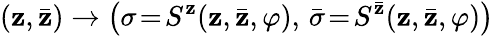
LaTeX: (\mathbf{z},\bar{{\mathbf{z}}})\rightarrow\left(\sigma\! =\! S^{\mathbf{z}}(\mathbf{z},\bar{{\mathbf{z}}},\varphi),\, \bar{{\sigma}}\! =\! S^{\bar{{\mathbf{z}}}}(\mathbf{z},\bar{{\mathbf{z}}},\varphi)\right)